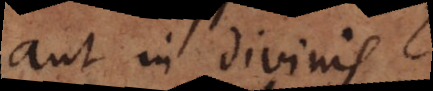
aut in divinis?